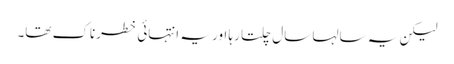
لیکن یہ سالہا سال چلتا رہا اور یہ انتہائی خطرناک تھا۔